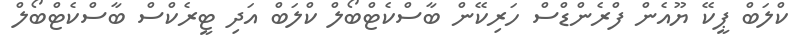
ކްލަބް ޕީކޭ ޔޫއެން ފްރެންޑްސް ހަރިކޭން ބާސްކެޓްބޯލް ކްލަބް އަދި ޓީރެކްސް ބާސްކެޓްބޯލް